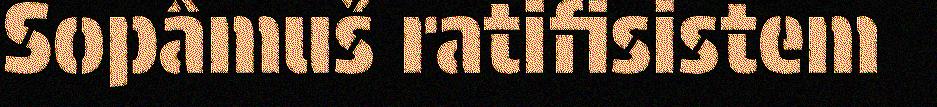
Sopâmuš ratifisistem